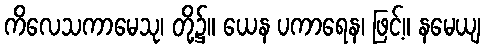
ကိလေသကာမေသု၊ တို့၌။ ယေန ပကာရေန၊ ဖြင့်။ နမေယျ